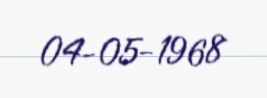
04-05-1968